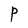
Character: P